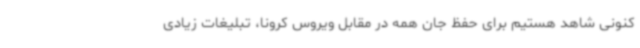
کنونی شاهد هستیم برای حفظ جان همه در مقابل ویروس کرونا، تبلیغات زیادی